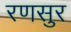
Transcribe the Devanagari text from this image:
रणसुर